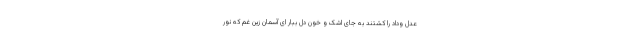
عدل وداد را کشتند به جای اشک و خون دل ببار ای آسمان زین غم که نور